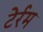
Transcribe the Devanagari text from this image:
टेर्रम